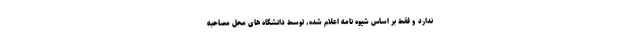
ندارد و فقط بر اساس شیوه نامه اعلام شده، توسط دانشگاه های محل مصاحبه